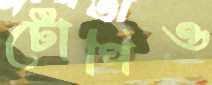
টোপিও